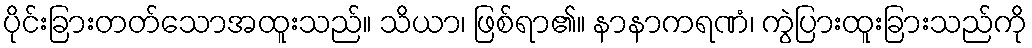
ပိုင်းခြားတတ်သောအထူးသည်။ သိယာ၊ ဖြစ်ရာ၏။ နာနာကရဏံ၊ ကွဲပြားထူးခြားသည်ကို